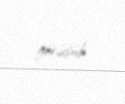
görüşüb.